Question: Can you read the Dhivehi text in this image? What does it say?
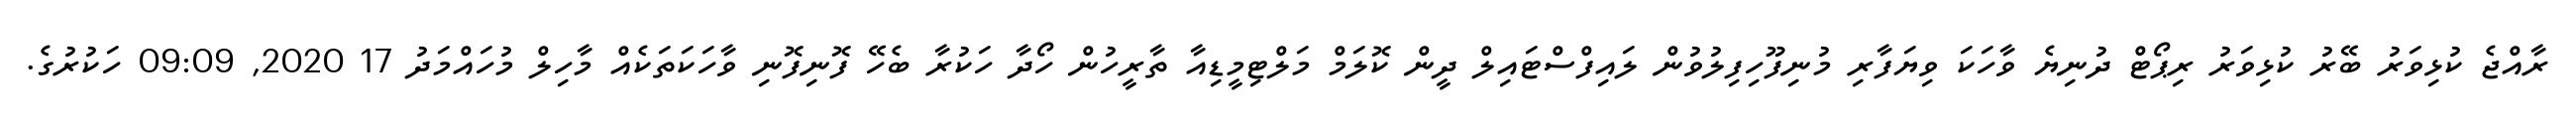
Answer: ރާއްޖެ ކުޅިވަރު ބޭރު ކުޅިވަރު ރިޕޯޓް ދުނިޔެ ވާހަކަ ވިޔަފާރި މުނިފޫހިފިލުވުން ލައިފްސްޓައިލް ދީން ކޮލަމް މަލްޓިމީޑިއާ ތާރީހުން ހޯދާ ހަކުރާ ބެހޭ ފޮނިފޮނި ވާހަކަތަކެއް މާހިލް މުހައްމަދު 17 2020, 09:09 ހަކުރުގެ.